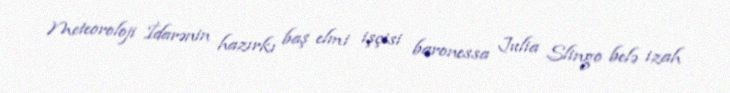
Meteoroloji İdarənin hazırkı baş elmi işçisi baronessa Julia Slingo belə izah